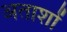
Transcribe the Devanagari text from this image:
अताशों